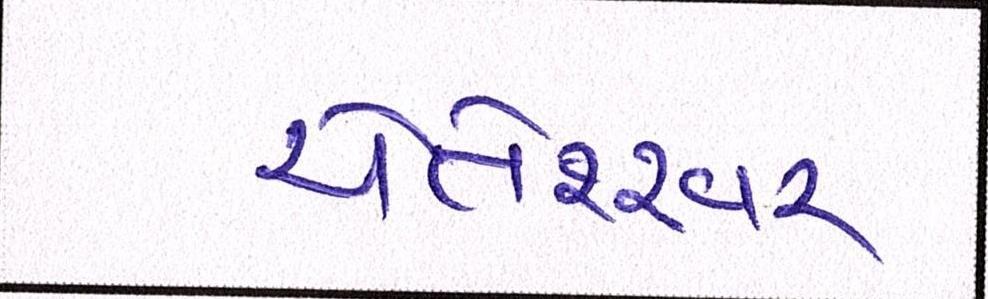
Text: ચેતેશ્ર્વર